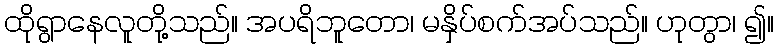
ထိုရွာနေလူတို့သည်။ အပရိဘူတော၊ မနှိပ်စက်အပ်သည်။ ဟုတွာ၊ ၍။